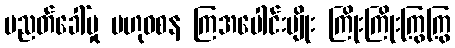
ပညတ်ခေါ်မှု ဗဟုဝစန ကြအပေါင်းမျိုး ကြိုးကြိုးကြွကြွ